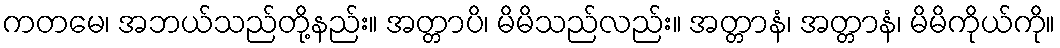
ကတမေ၊ အဘယ်သည်တို့နည်း။ အတ္တာပိ၊ မိမိသည်လည်း။ အတ္တာနံ၊ အတ္တာနံ၊ မိမိကိုယ်ကို။